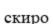
скиро